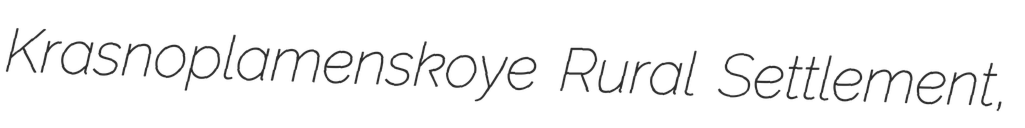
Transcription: Krasnoplamenskoye Rural Settlement,